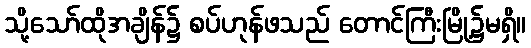
သို့သော်ထိုအချိန်၌ စပ်ဟုန်ဖသည် တောင်ကြီးမြို့၌မရှိ။